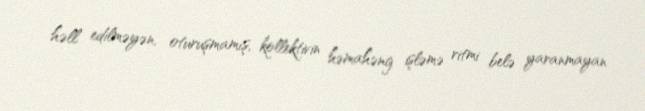
həll edilməyən, oturuşmamış, kollektivin həmahəng işləmə ritmi belə yaranmayan